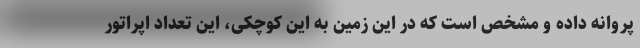
پروانه داده و مشخص است که در این زمین به این کوچکی، این تعداد اپراتور